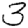
Digit: 3